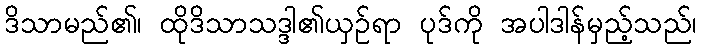
ဒိသာမည်၏၊ ထိုဒိသာသဒ္ဒါ၏ယှဉ်ရာ ပုဒ်ကို အပါဒါန်မှည့်သည်၊